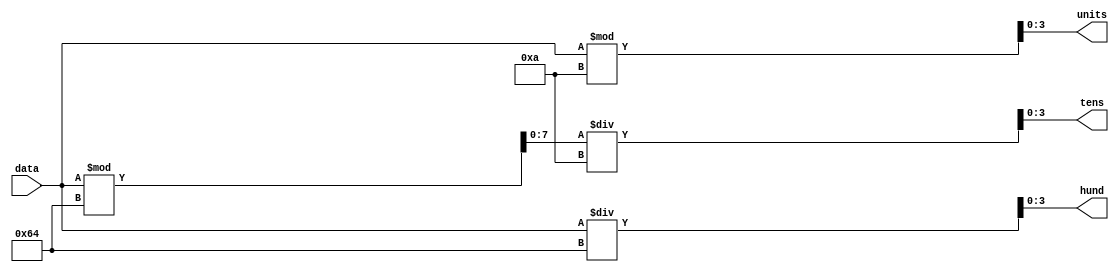
`timescale 1ns / 1ps
//////////////////////////////////////////////////////////////////////////////////
// Company: 
// 
// Design Name: 
// Module Name: DigitConverter
// Project Name: 
// Target Devices: 
// Tool Versions: 
// Description: 
// 
// Dependencies: 
// 
// Revision:
// Revision 0.01 - File Created
// Additional Comments:
// 
//////////////////////////////////////////////////////////////////////////////////


module DigitConverter(
    
    input [7:0] data, 
    output reg[3:0] hund,
    output reg[3:0] tens,
    output reg[3:0] units
    );
    
    reg [7:0]temp;
    reg [7:0]TenAndUnit;
    reg [7:0]hundredR;
    reg [7:0]tenR;
    reg [7:0]unitR;
    
    always@(*) begin//purely combinational
    //get hundreds
        hundredR <= data/100;
        hund <= hundredR[3:0];//reduce it size 
        
    //get tens
        TenAndUnit<=data%100;
        tenR <= TenAndUnit/10;
        tens <= tenR[3:0];
    //get units
        unitR <= data%10;
        units <= unitR[3:0];
    end


    
endmodule